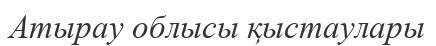
Атырау облысы қыстаулары